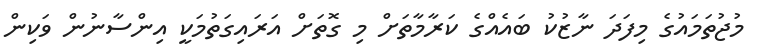
މުޖުތަމައުގެ މިފަދަ ނާޒުކު ބައެއްގެ ކަރާމާތަށް މި ގޮތަށް އަރައިގަތުމަކީ އިންސާނުން ވަކިން